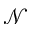
\mathcal { N }